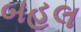
બહલ